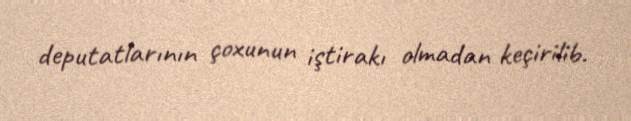
deputatlarının çoxunun iştirakı olmadan keçirilib.